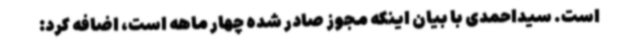
است. سیداحمدی با بیان اینکه مجوز صادر شده چهار ماهه است، اضافه کرد: